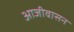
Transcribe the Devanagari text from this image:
आजीवासन